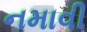
નમાવી